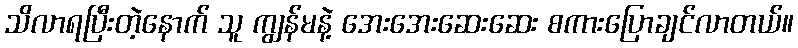
သိလာရပြီးတဲ့နောက် သူ ကျွန်မနဲ့ အေးအေးဆေးဆေး စကားပြောချင်လာတယ်။